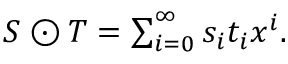
\textstyle S \odot T = \sum _ { i = 0 } ^ { \infty } s _ { i } t _ { i } x ^ { i } .